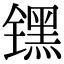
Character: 𬭶